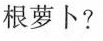
根萝卜?